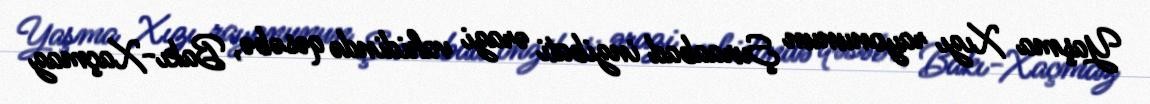
Yaşma Xızı rayonunun Şuraabad inzibati ərazi vahidində qəsəbə, Bakı-Xaçmaz